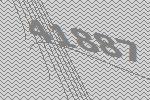
41887